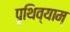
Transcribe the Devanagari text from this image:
पृथिव्याम्